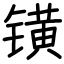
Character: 𨱑